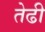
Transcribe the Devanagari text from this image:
तेढी